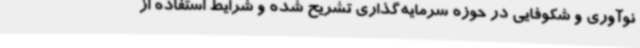
نوآوری و شکوفایی در حوزه سرمایه‌گذاری تشریح شده و شرایط استفاده از